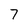
Character: 7